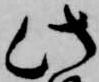
此